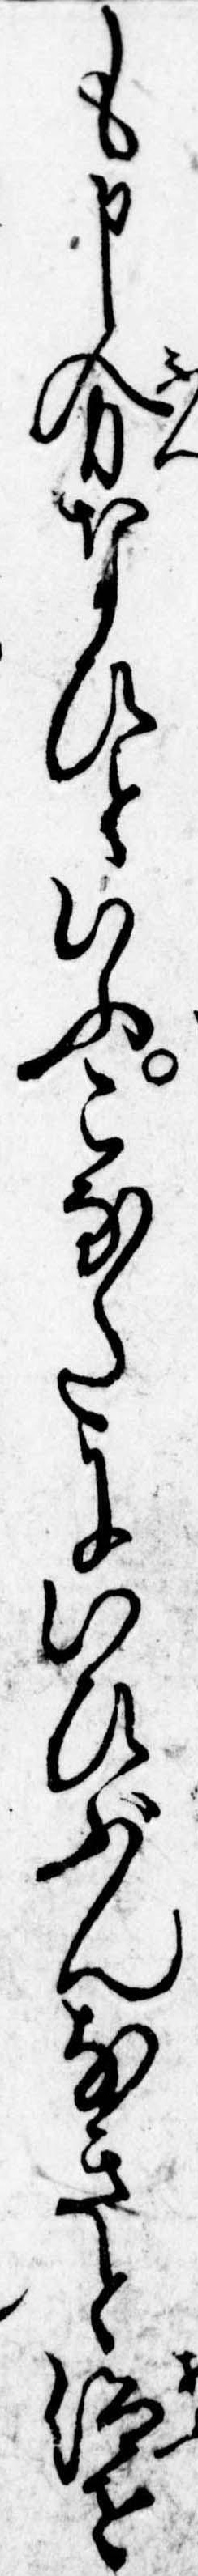
も申分なひといふこなたにいひぶんなきと仰せ